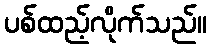
ပစ်ထည့်လိုက်သည်။